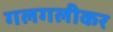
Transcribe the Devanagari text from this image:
गलगलीकर